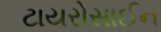
ટાયરોસાઈન